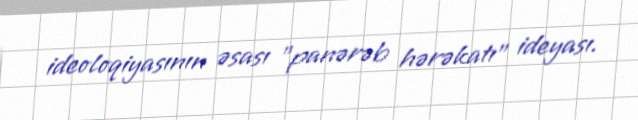
ideoloqiyasının əsası "panərəb hərəkatı" ideyası.